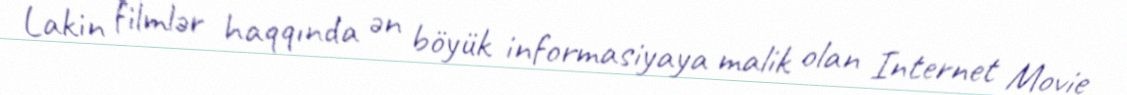
Lakin filmlər haqqında ən böyük informasiyaya malik olan Internet Movie